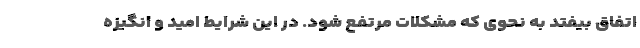
اتفاق بیفتد به نحوی که مشکلات مرتفع شود. در این شرایط امید و انگیزه